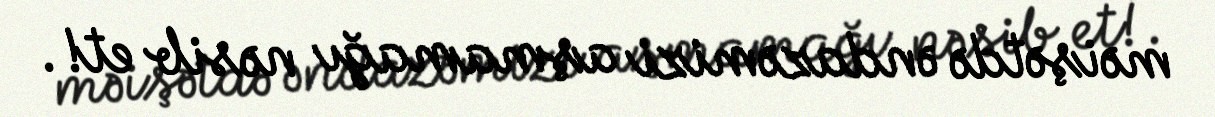
məişətdə əndazəmizi aşmamağı nəsib et!.